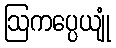
ဩကပ္ပေယျုံ